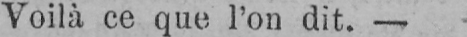
Voilà ce que l’on dit. -